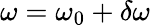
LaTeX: \omega=\omega_{0}+\delta\omega